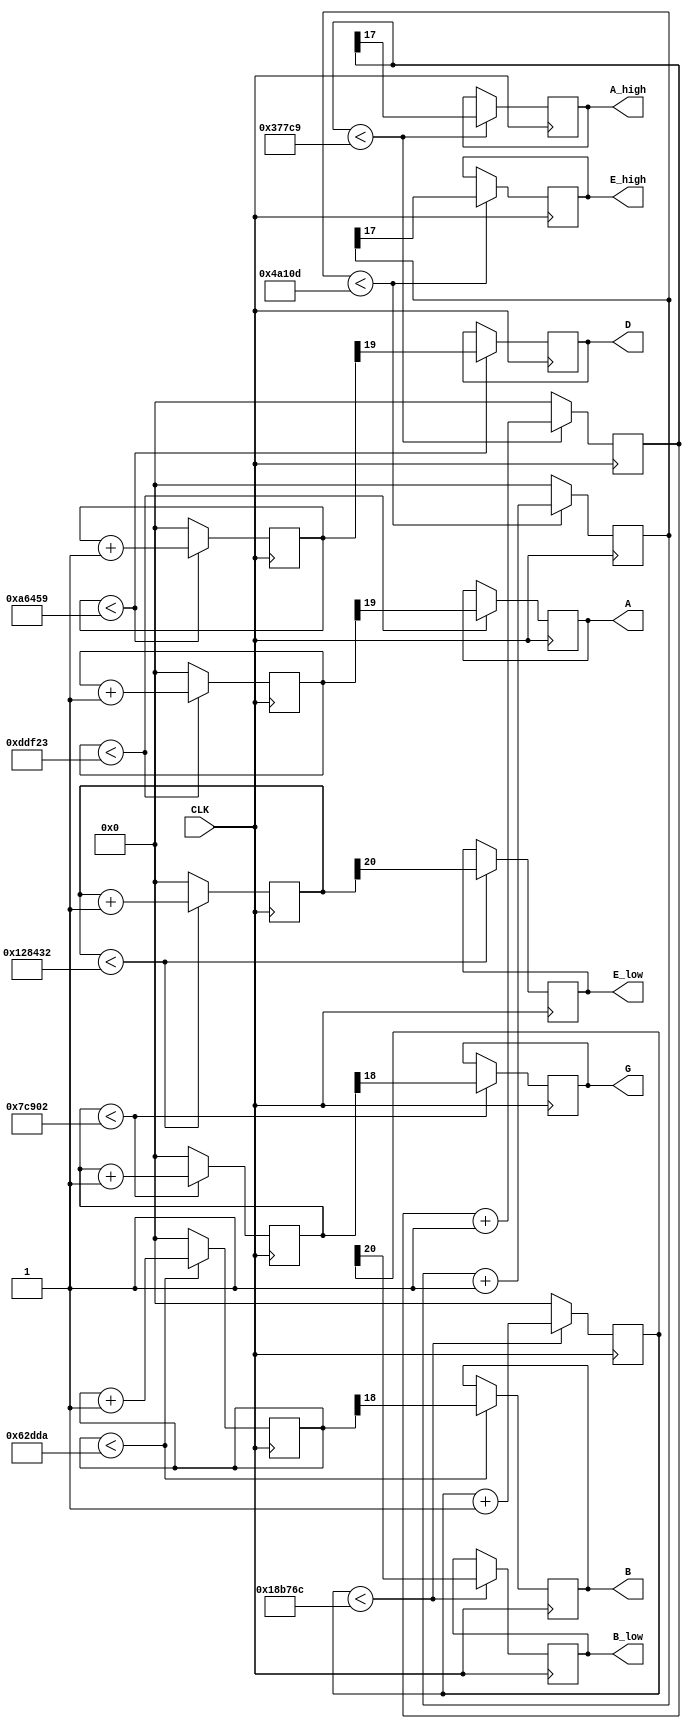
`timescale 1ns / 1ps



module Test_WaveForms(input CLK,
                      output reg A_high, E_high, B, G, D, A, E_low, B_low);
                      
      parameter A_HIGH_NOTE = 227_273; //440Hz frequency
      parameter E_HIGH_NOTE = 303_373; //330Hz
      parameter B_NOTE = 404_954; //246Hz
      parameter G_NOTE = 510_210; //196Hz
      parameter D_NOTE = 681_049; //147Hz
      parameter A_NOTE = 909_091; //110Hz
      parameter E_LOW_NOTE = 1_213_490; //82Hz
      parameter B_LOW_NOTE = 1_619_820;  //62Hz 
      
            
      reg [31:0] phaseAhigh = 0;
      reg [31:0] phaseEhigh = 0;
      reg [31:0] phaseB = 0;
      reg [31:0] phaseG = 0;
      reg [31:0] phaseD = 0;
      reg [31:0] phaseA = 0;
      reg [31:0] phaseElow = 0;
      reg [31:0] phaseBlow = 0;
            
      always@(posedge CLK) begin
        if(phaseAhigh < A_HIGH_NOTE) begin
            phaseAhigh <= phaseAhigh + 1;
            A_high <= phaseAhigh[17];
         end
        else
            phaseAhigh <= 0;
        
        if(phaseEhigh < E_HIGH_NOTE) begin
            phaseEhigh <= phaseEhigh + 1;
            E_high <= phaseEhigh[17];
         end
        else
            phaseEhigh <= 0;
                
        if(phaseB < B_NOTE) begin
            phaseB <= phaseB + 1;
            B <= phaseB[18];
         end
        else
            phaseB <= 0;
            
        if(phaseG < G_NOTE) begin
            phaseG <= phaseG + 1;
            G <= phaseG[18];
         end
        else
            phaseG <= 0;
        
        if(phaseD < D_NOTE) begin
            phaseD <= phaseD + 1;
            D <= phaseD[19];
         end
        else
            phaseD <= 0;
        
        if(phaseA < A_NOTE) begin
            phaseA <= phaseA + 1;
            A <= phaseA[19];
         end
        else
            phaseA <= 0;
        
        if(phaseElow < E_LOW_NOTE) begin
            phaseElow <= phaseElow + 1;
            E_low <= phaseElow[20];
         end
        else
            phaseElow <= 0;
        
        if(phaseBlow < B_LOW_NOTE) begin
            phaseBlow <= phaseBlow + 1;
            B_low <= phaseBlow[20];
         end
        else
            phaseBlow <= 0;
       
       end
        
        
endmodule